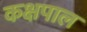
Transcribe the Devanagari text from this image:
कक्षपाल